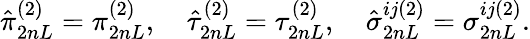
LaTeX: \hat{\pi}_{2nL}^{(2)}=\pi_{2nL}^{(2)},\quad\hat{\tau}_{2nL}^{(2)}=\tau_{2nL}^{(2)},\quad\hat{\sigma}_{2nL}^{ij(2)}=\sigma_{2nL}^{ij(2)}.